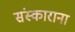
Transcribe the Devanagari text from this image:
संस्काराना